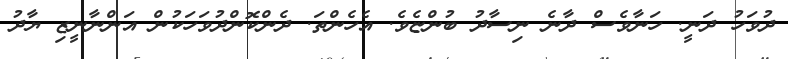
ދުވަހު ދަނީ. ހަނާވެސް ދާނެ ނިސާދު ބުންޏެވެ. އެހެންތަ. ދެންކޮންދުވަހަކުން އަންނާނީޒި ޔާދު